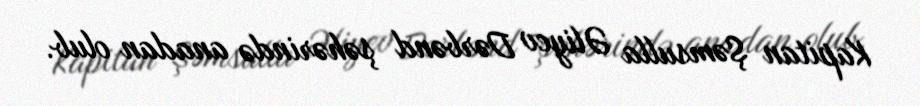
Kapitan Şəmsulla Əliyev Dərbənd şəhərində anadan olub.